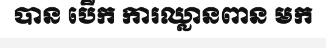
បាន បើក ការឈ្លានពាន មក